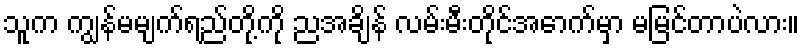
သူက ကျွန်မမျက်ရည်တို့ကို ညအချိန် လမ်းမီးတိုင်အောက်မှာ မမြင်တာပဲလား။